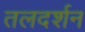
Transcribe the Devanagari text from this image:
तलदर्शन